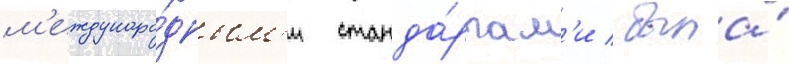
м'еждунаро́дным'и станда́ртам'и / была́